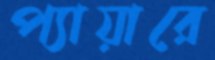
প্যায়ারে